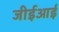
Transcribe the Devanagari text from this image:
जीईआई